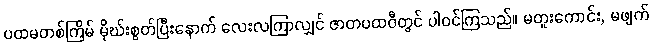
ပထမတစ်ကြိမ် မိုဃ်းစွတ်ပြီးနောက် လေးလကြာလျှင် ဇာတပထဝီတွင် ပါဝင်ကြသည်။ မတူးကောင်း, မဖျက်